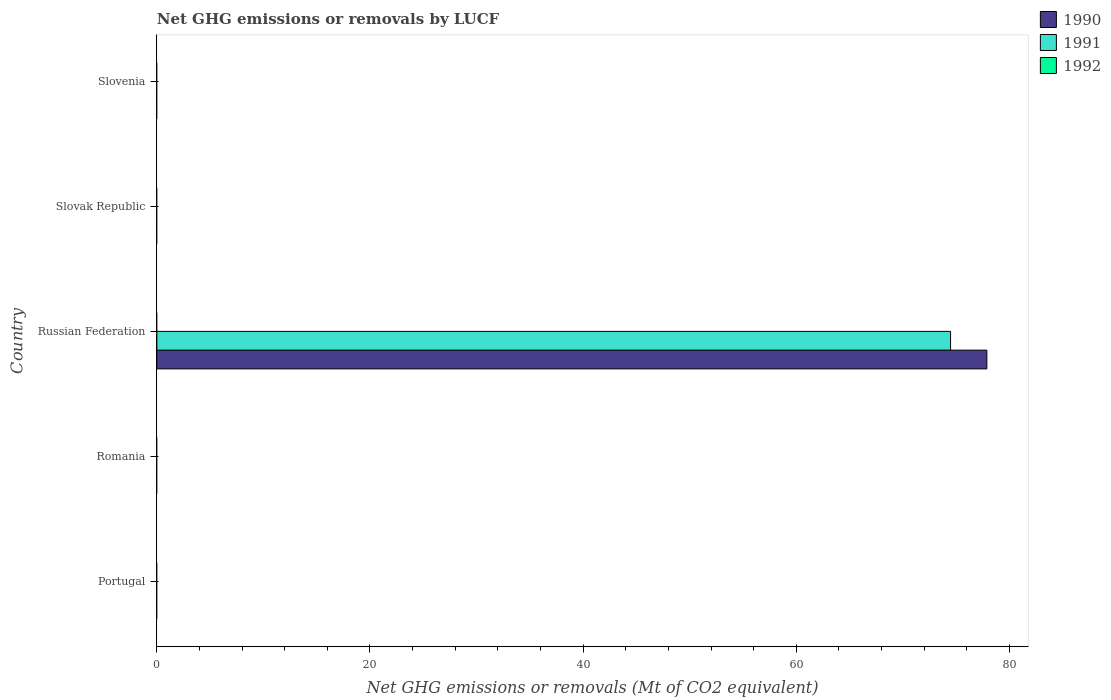
| Country | 1990 | 1991 | 1992 |
 | --- | --- | --- | --- |
 | Portugal | -9.33 | -8.02 | -10.8 |
 | Romania | -35.6 | -37 | -37.8 |
 | Russian Federation | 77.9 | 74.5 | -26.9 |
 | Slovak Republic | -2.95 | -3.81 | -5.68 |
 | Slovenia | -7.27 | -7.26 | -7.29 |